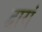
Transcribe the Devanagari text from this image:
द्वारां